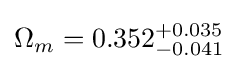
\Omega _{m}=0.352_{-0.041}^{+0.035}